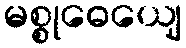
မစ္စုဓေယျေ